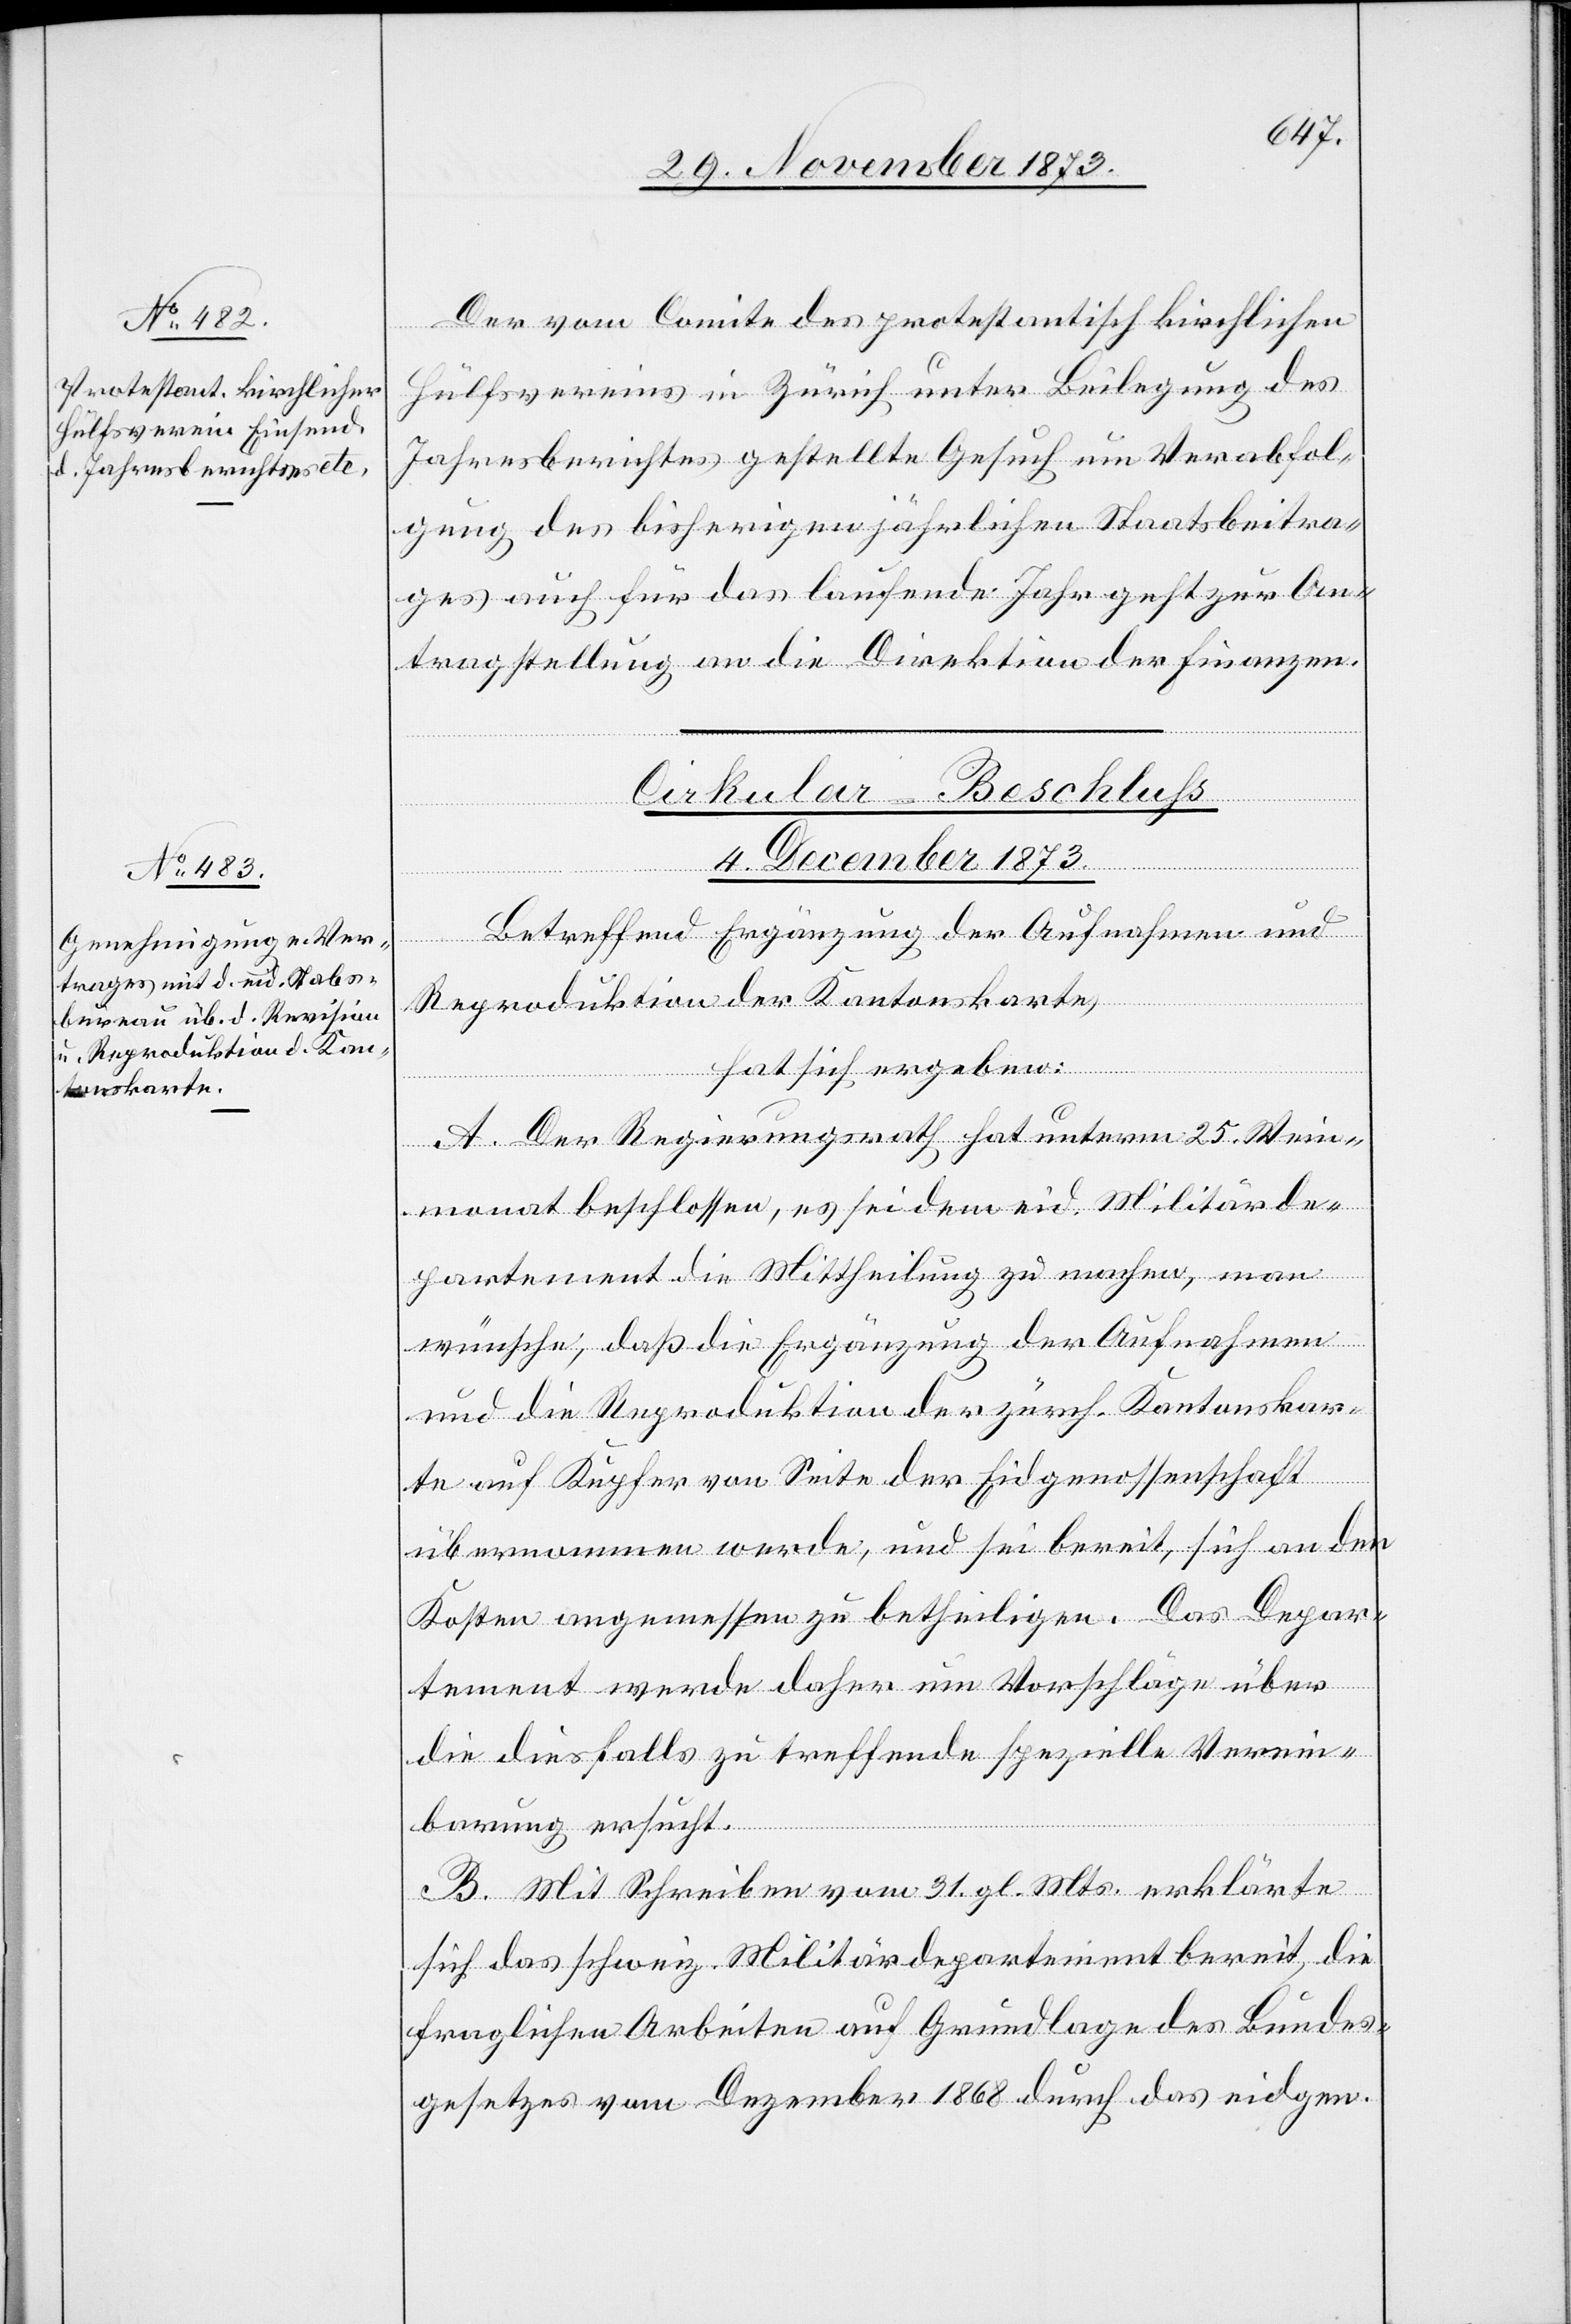
[si¬
c!] vom Comite des protestantisch kirchlichen
Hülfsvereins in Zürich unter Beilegung des
Jahresberichtes gestellte Gesuch um Verabfol¬
gung des bisherigen jährlichen Staatsbeitra¬
ges auch für das laufende Jahr geht zur An¬
tragstellung an die Direktion der Finanzen.
Cirkular-Beschluss
4. December 1873.
Der
Betreffend Ergänzung der Aufnahmen und
Reproduktion der Kantonskarte,
hat sich ergeben:
A. Der Regierungsrath hat unterm 25. Wein¬
monat beschlossen, es sei dem eid. Militärde¬
partement die Mittheilung zu machen, man
wünsche, daß die Ergänzung der Aufnahmen
und die Reproduktion der zürch. Kantonskar¬
te auf Kupfer von Seite der Eidgenossenschaft
übernommen werde, und sei bereit, sich an den
Kosten angemessen zu betheiligen. Das Depar¬
tement werde daher um Vorschläge über
die diesfalls zu treffende spezielle Verein¬
barung ersucht.
B. Mit Schreiben vom 31. gl. Mts. erklärte
sich das schweiz. Militärdepartement bereit, die
fraglichen Arbeiten auf Grundlage des Bundes¬
gesetzes vom Dezember 1868 durch das eidgen.